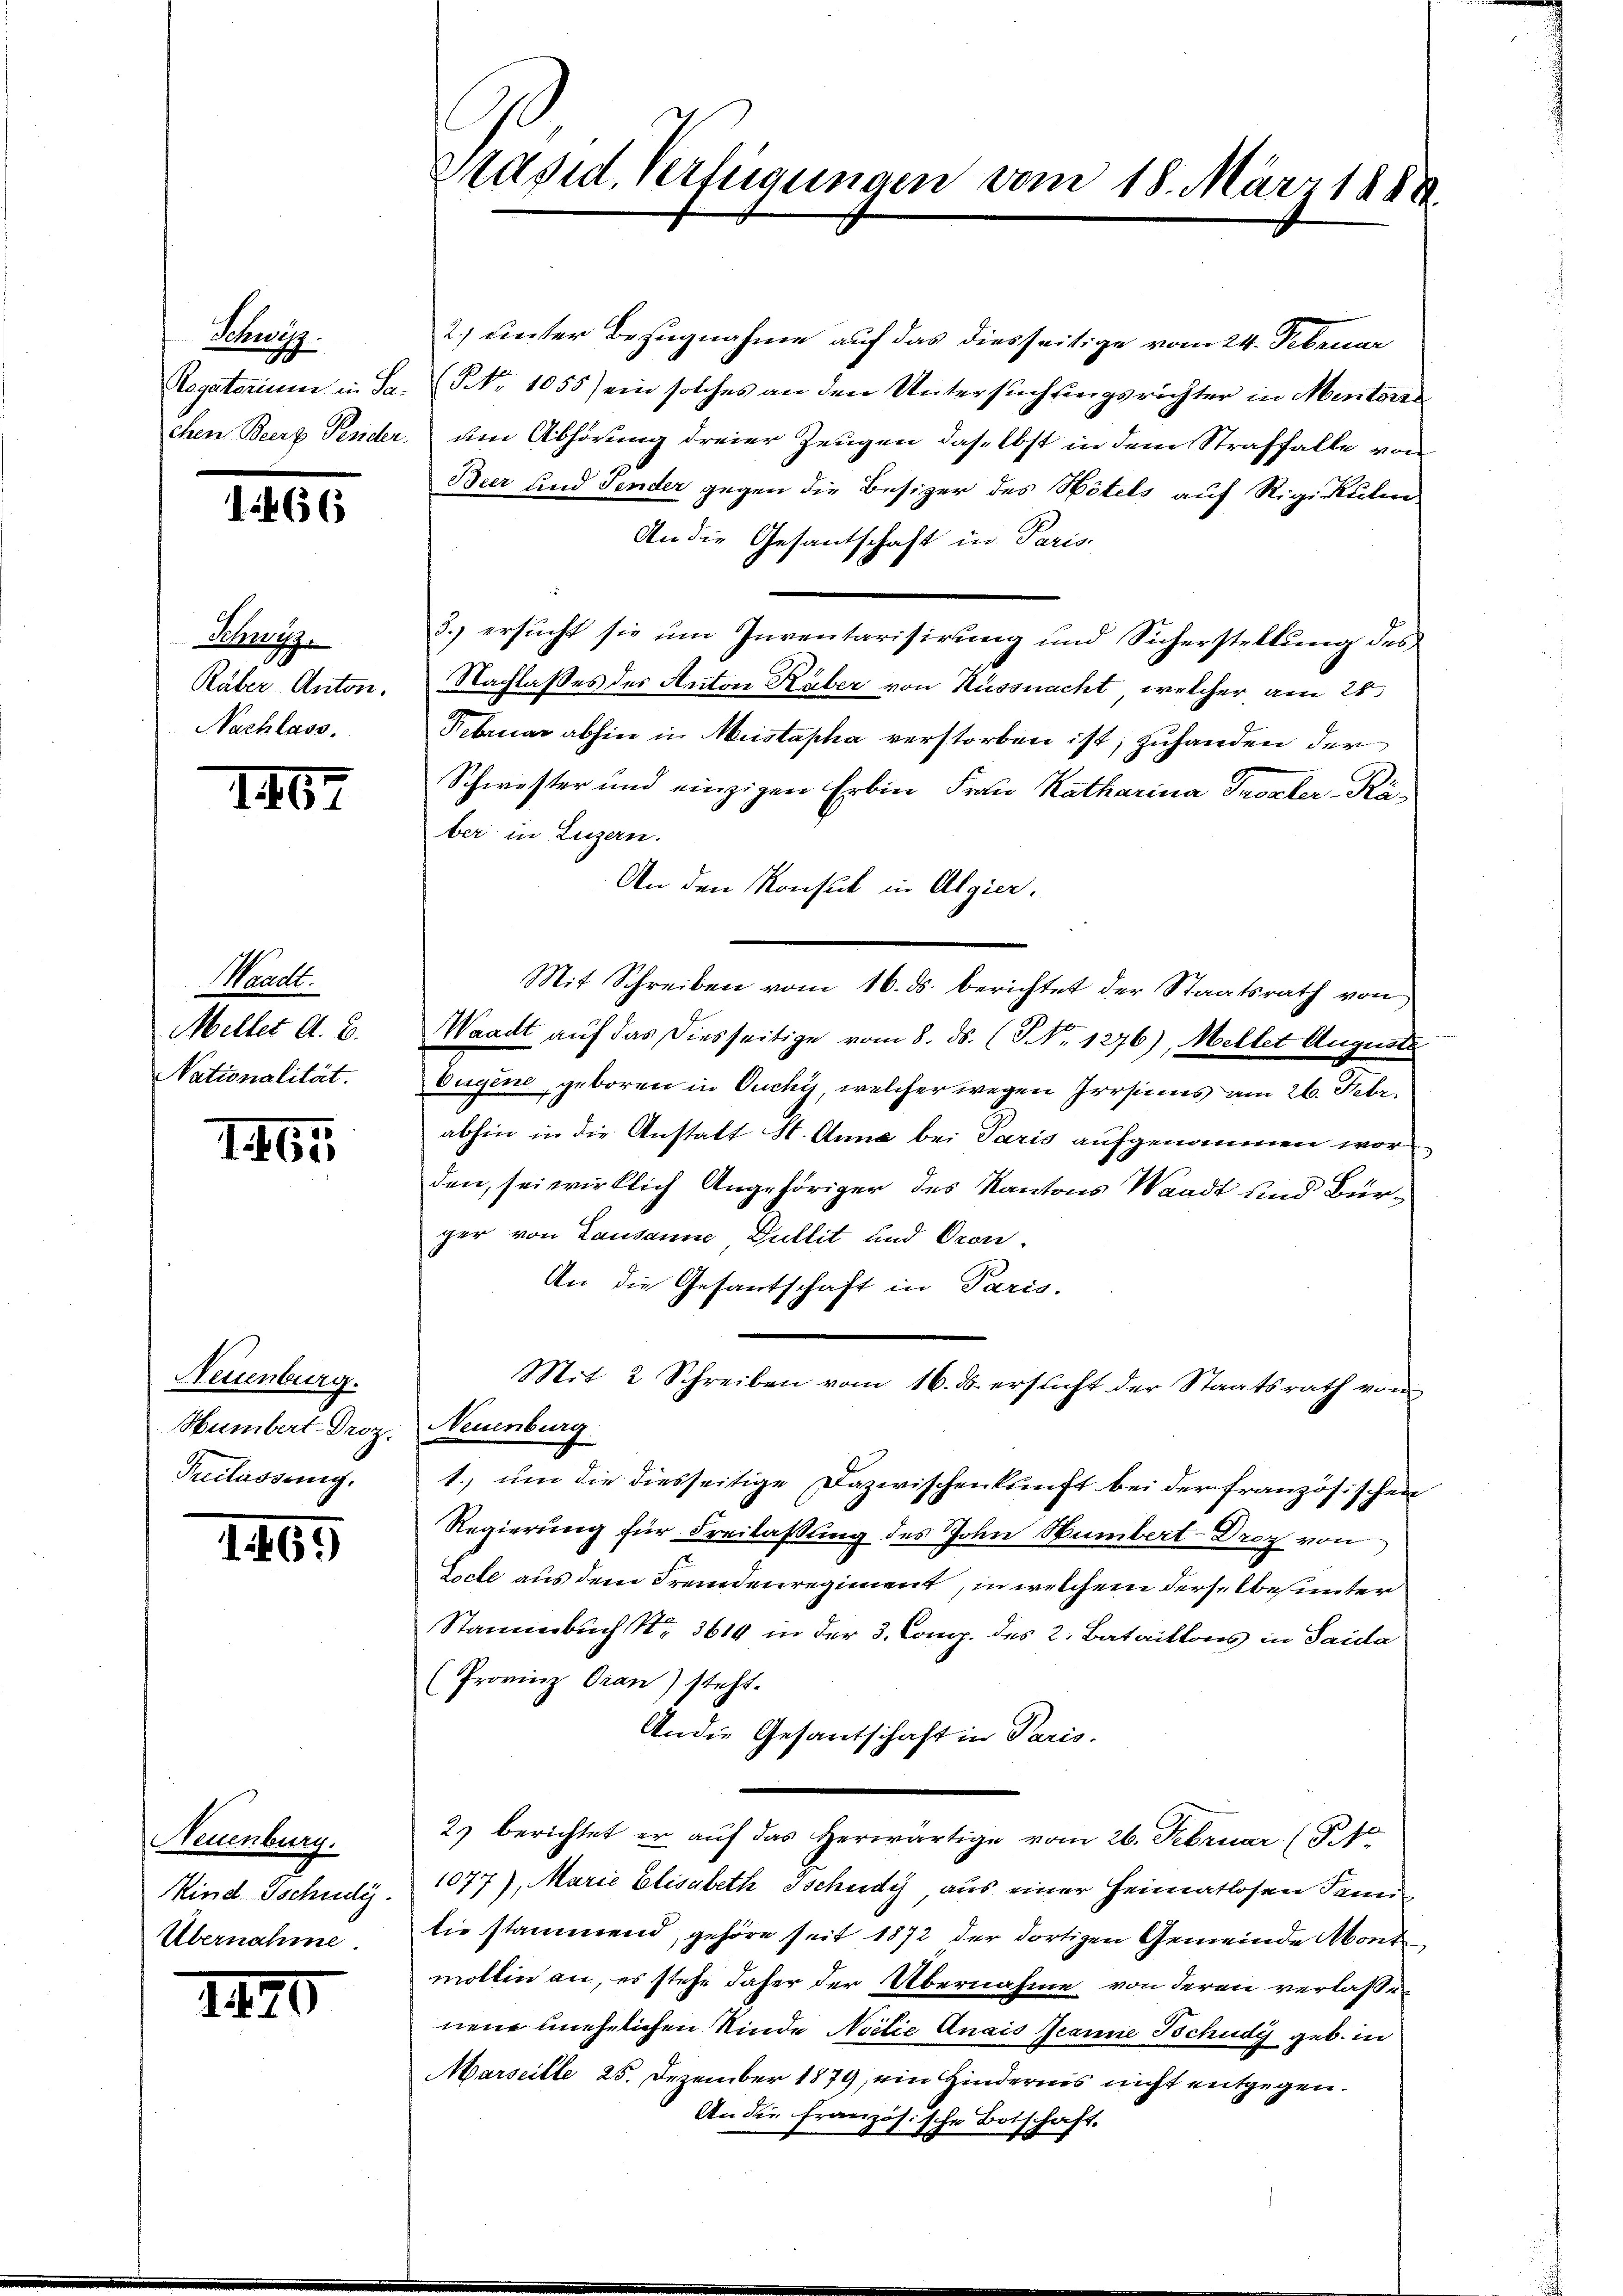
Schweiz.

1466

Schmut.
Räber Anton.
Nachlass.

IIII

Waadt.
Meller A. B.
Nationalität.

IIG

Neuenburg.
Hümbert-Droz.
Freilassung.

1465

Neuenburg.
Mind Tschudi
Übernahme.

1470

Präsid. Verfügungen vom 18. März 1888.

2) unter Bezugnahme auf das diesseitige vom 24. Februar
Regatorium in Sa. (NNNo. 1055) ein solches an den Untersuchungsrichter in Meritores
chen Beerz Tender, um Abhörung dreier Zeugen daselbst in dem Straffalle von
Beer und Fender gegen die Besizer des Hotels auf Rigikuten
An die Gesantschaft in Paris.
3. ersucht sie um Inventarisirung und Sicherstellung des
Nachlaßes des Anton Haber von Küssnacht, welcher am 26.
Februar abhin in Mustapha verstorben ist, zuhanden der
Schwester und einzigen Erbin Frau Katharina Troster-Käber in Luzern.
An den Konsul in Algier.
Mit Schreiben vom 16. ds. berichtet der Staatsrath von
Waadt auf das diesseitige vom 8. ds. (NNo. 1276), Mellet Auguste
Eugene, geboren in Ouchy, welcher wegen Irrsinns am 26. Febr.
abhin in die Anstatt St. Anna bei Paris aufgenommen worden, sei wirklich Angehöriger des Kantons Waadt und Bürger von Lausanne Dullit und Oron.
An die Gesandtschaft in Paris.
Mit 2 Schreiben vom 16. ds. ersucht der Staatsrath von
Neuenburg
1. um die diesseitige Dazwischenkunft bei der französischen
Regierung für Freilassung des John Humbert-Droz von
tocte aus dem Fremdenregiment, in welchem derselbe unter
Stammerbuch S. 3619 in der 3. Comp. des 2. Bataillons in Saila
(Provinz Oran) steht.
An die Gesantschaft in Paris.
2) berichtet er auf das herwärtige vom 26. Februar. (T.1
1077), Marie Elisabeth Tschudy aus einer Heimatlosen Jenn
tie stammend, gehöre seit 1872 der dortigen Gemeinde Mont
mollin an, es stehe daher der Übernahme von deren verlassen
nene unehelichen Rinde Noilie Anais Jeanne Schudy geb. in
Marseille 25. Dezember 1879, ein Hindernis nicht entgegen.
An die französische Botschaft.